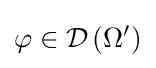
\varphi \in {\mathcal {D}}\left(\Omega ^{\prime }\right)